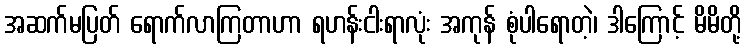
အဆက်မပြတ် ရောက်လာကြတာဟာ ရဟန်းငါးရာလုံး အကုန် စုံပါရောတဲ့၊ ဒါကြောင့် မိမိတို့